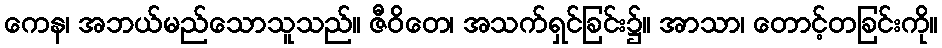
ကေန၊ အဘယ်မည်သောသူသည်။ ဇီဝိတေ၊ အသက်ရှင်ခြင်း၌။ အာသာ၊ တောင့်တခြင်းကို။